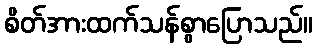
စိတ်အားထက်သန်စွာပြောသည်။